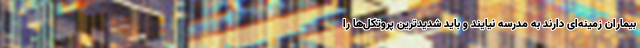
بیماران زمینه‌ای دارند به مدرسه نیایند و باید شدیدترین پروتکل‌ها را